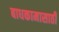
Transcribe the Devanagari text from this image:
बाधकामासाठी